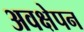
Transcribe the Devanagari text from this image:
अवक्षेपन